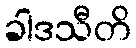
ခါဒသီတိ